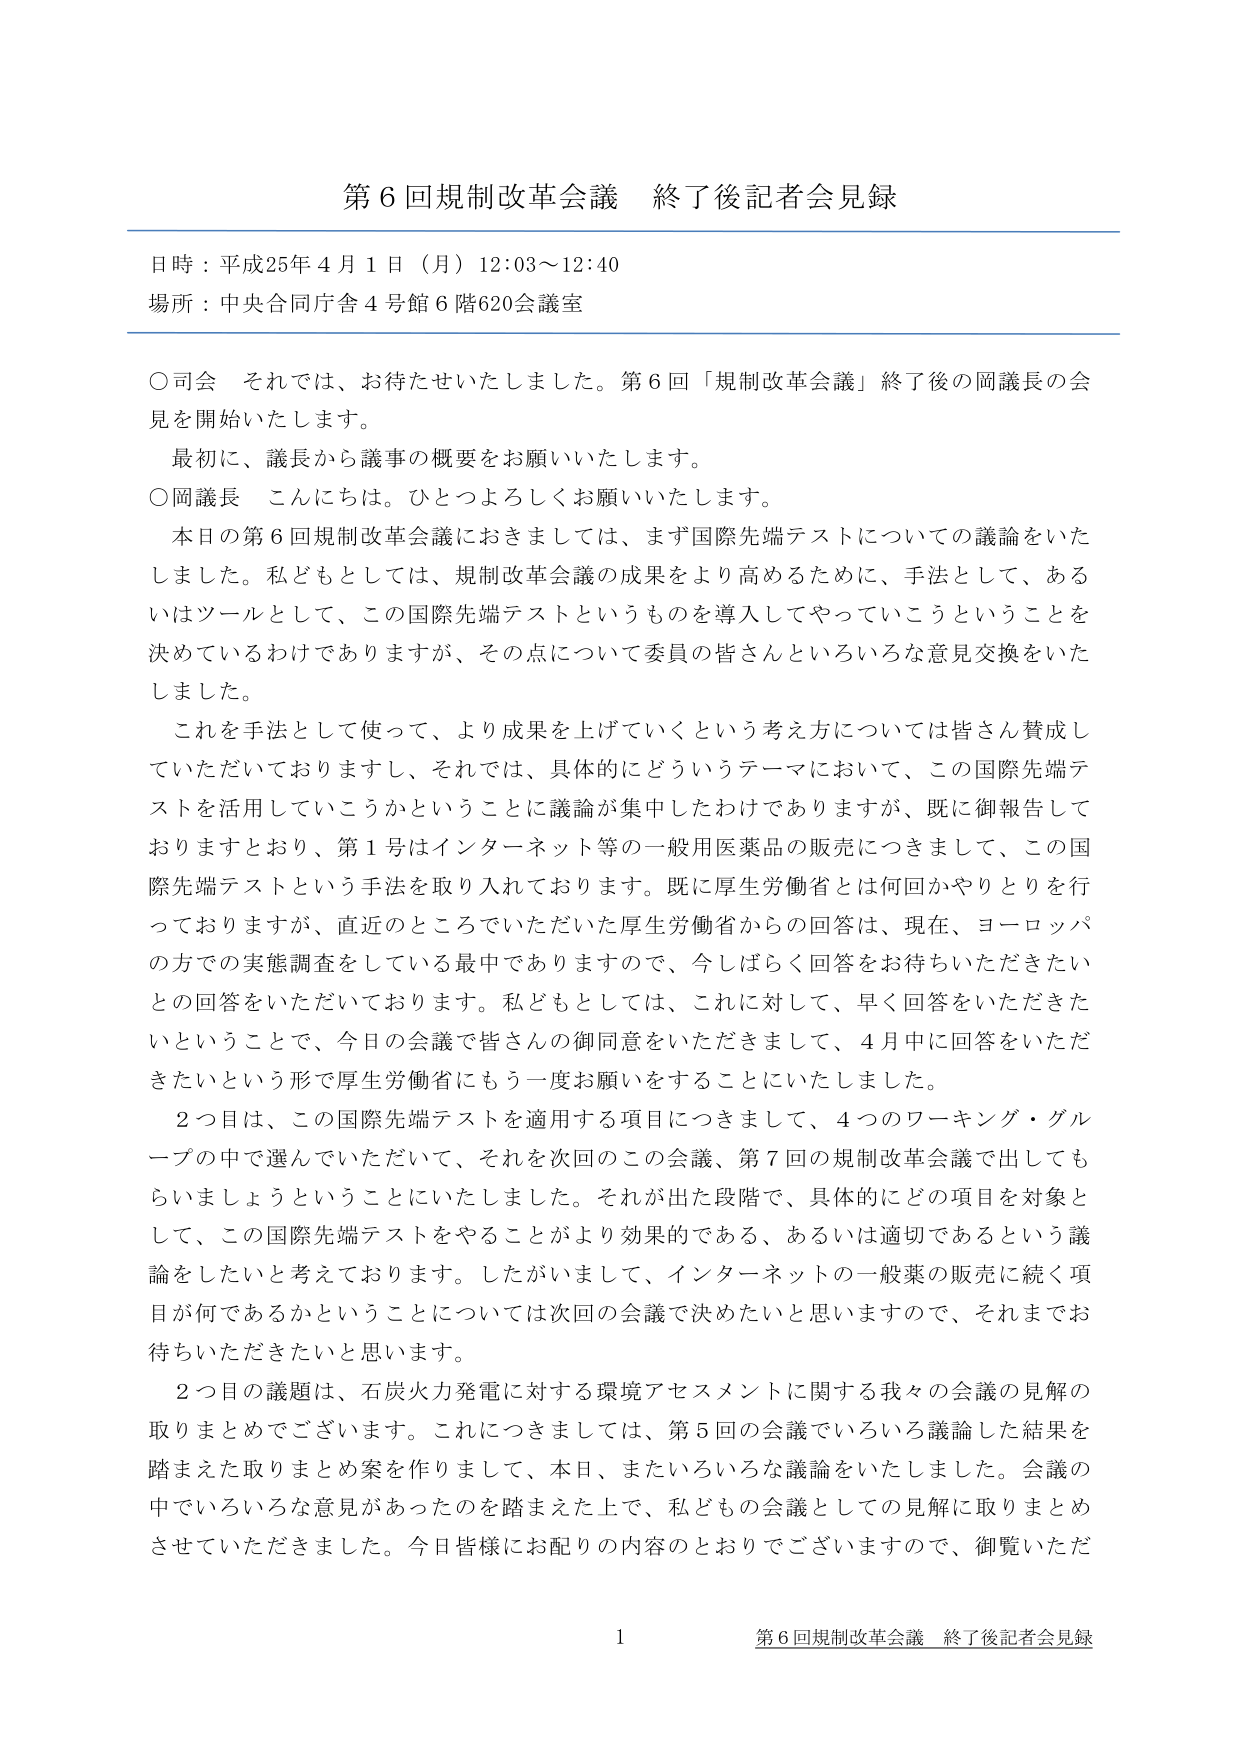
第６回規制改革会議 終了後記者会見録

日時：平成25年４月１日（月）12:03～12:40
場所：中央合同庁舎４号館６階620会議室

○司会 それでは、お待たせいたしました。第６回「規制改革会議」終了後の岡議長の会見を開始いたします。
　　最初に、議長から議事の概要をお願いいたします。

○岡議長 こんにちは。ひとつよろしくお願いいたします。
　　本日の第６回規制改革会議におきましては、まず国際先端テストについての議論をいたしました。私どもとしては、規制改革会議の成果をより高めるために、手法として、あるいはツールとして、この国際先端テストというものを導入してやっていこうということを決めているわけでありますが、その点について委員の皆さんといろいろな意見交換をいたしました。
　　これを手法として使って、より成果を上げていくという考え方については皆さん賛成していただいておりますし、それでは、具体的にどういうテーマにおいて、この国際先端テストを活用していこうかということに議論が集中したわけでありますが、既に御報告しておりますとおり、第１号はインターネット等の一般用医薬品の販売につきまして、この国際先端テストという手法を取り入れております。既に厚生労働省とは何回かやりとりを行っておりますが、直近のところでしたいただいた厚生労働省からの回答は、現在、ヨーロッパの方での実態調査をしている最中でありますので、今しばらく回答をお待ちいただきたいとの回答をいただいております。私どもとしては、これに対して、早く回答をいただきたいということで、今日の会議で皆さんの御同意をいただきまして、４月中に回答をいただきたいという形で厚生労働省にもう一度お願いをすることにいたしました。
　　２つ目は、この国際先端テストを適用する項目につきまして、４つのワーキング・グループの中で選んでいただいて、それを次回のこの会議、第７回の規制改革会議で出してもらいましょうということにいたしました。それが出た段階で、具体的にどの項目を対象として、この国際先端テストをやることがより効果的である、あるいは適切であるという議論をしたいと考えております。したがいまして、インターネットの一般薬の販売に続く項目が何であるかということについては次回の会議で決めたいと思いますので、それまでお待ちいただきたいと思います。
　　２つ目の議題は、石炭火力発電に対する環境アセスメントに関する我々の会議の見解の取りまとめでございます。これにつきましては、第５回の会議でいろいろ議論した結果を踏まえた取りまとめ案を作りまして、本日、またいろいろな議論をいたしました。会議の中でいろいろな意見があったのを踏まえた上で、私どもの会議としての見解に取りまとめさせていただきました。今日皆様にお配りの内容のとおりでございますので、御覧いただ

1
第６回規制改革会議 終了後記者会見録